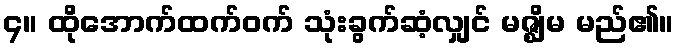
၄။ ထိုအောက်ထက်ဝက် သုံးခွက်ဆံ့လျှင် မဇ္ဈိမ မည်၏။